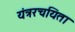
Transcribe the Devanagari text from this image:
यंत्ररचयिता